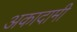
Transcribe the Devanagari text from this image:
अकादामी